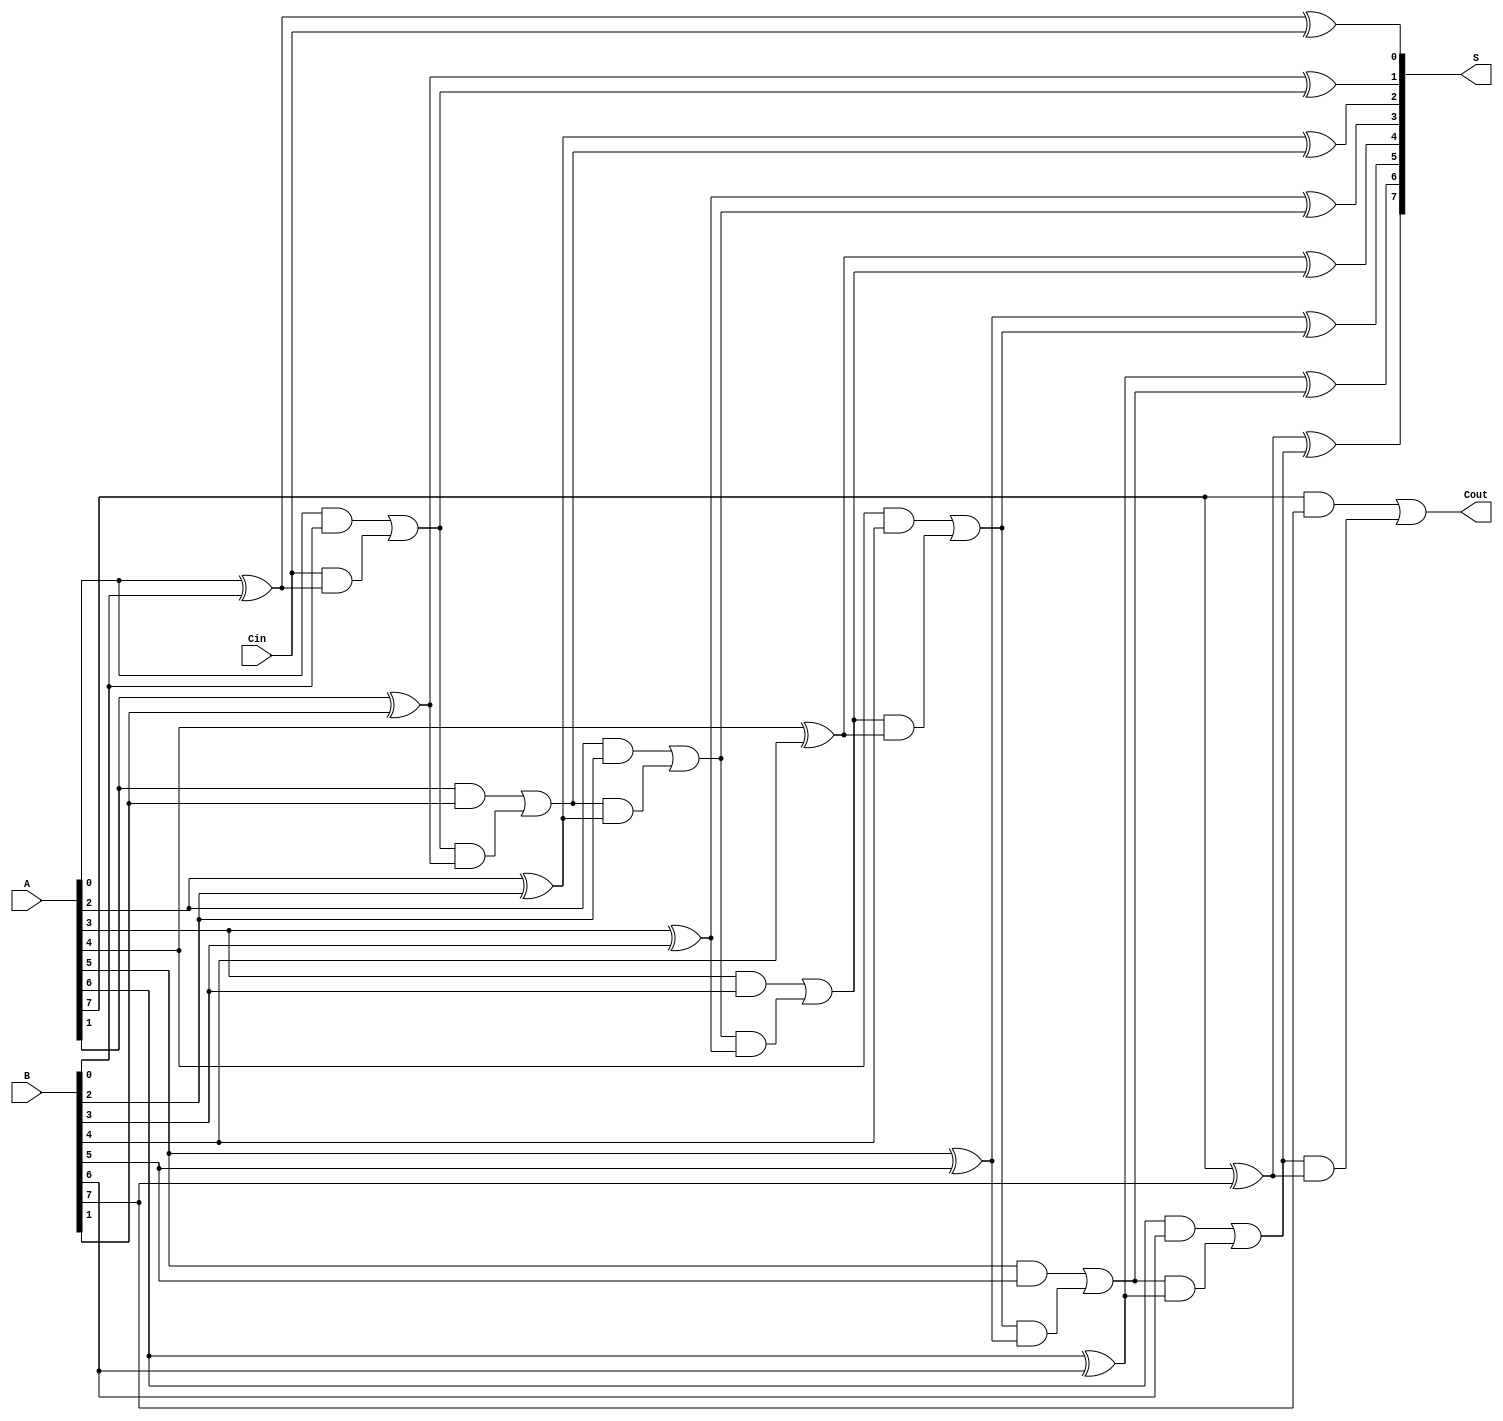
module manchester_carry_chain_adder #(
    parameter WIDTH = 8 // You can change the WIDTH parameter to design for other bit widths
)(
    input  wire [WIDTH-1:0] A,    // n-bit input A
    input  wire [WIDTH-1:0] B,    // n-bit input B
    input  wire Cin,               // Carry-in input
    output wire [WIDTH-1:0] S,     // n-bit output sum
    output wire Cout               // Carry-out output
);

    wire [WIDTH:0] C; // Carry array, one extra bit for the final carry out

    // Assign the carry-in to the first carry bit
    assign C[0] = Cin;

    // Generate carry and sum for each bit
    genvar i;
    generate
        for (i = 0; i < WIDTH; i = i + 1) begin : carry_chain
            // Carry generation
            assign C[i+1] = (A[i] & B[i]) | (C[i] & (A[i] ^ B[i]));
            // Sum calculation
            assign S[i] = A[i] ^ B[i] ^ C[i];
        end
    endgenerate

    // Assign final carry-out
    assign Cout = C[WIDTH];

endmodule